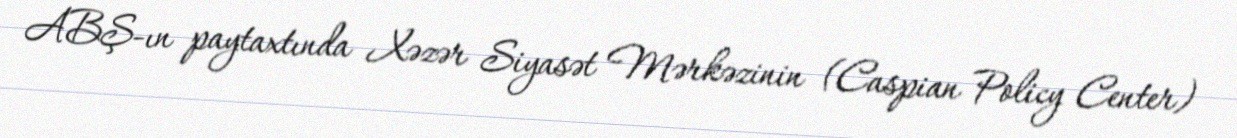
ABŞ-ın paytaxtında Xəzər Siyasət Mərkəzinin (Caspian Policy Center)